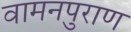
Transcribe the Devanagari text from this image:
वामनपुराण